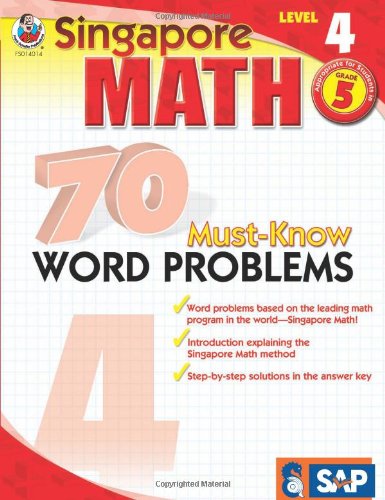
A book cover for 70 Must-Know Word Problems, Grade 5 (Singapore Math); Children's Books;